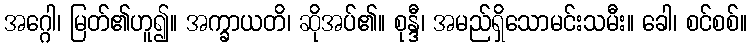
အဂ္ဂေါ၊ မြတ်၏ဟူ၍။ အက္ခာယတိ၊ ဆိုအပ်၏။ စုန္ဒီ၊ အမည်ရှိသောမင်းသမီး။ ခေါ၊ စင်စစ်။